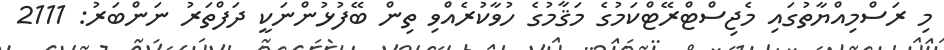
މި ރަސްމިއްޔާތުގައި މެޖިސްޓްރޭޓްކަމުގެ މަޤާމުގެ ހުވާކުރެއްވި ތިން ބޭފުޅުންނަކީ ދަފްތަރު ނަންބަރު: 2111